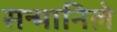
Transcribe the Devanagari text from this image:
सन्मानिले